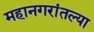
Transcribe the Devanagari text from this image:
महानगरांतल्या